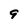
Character: 9